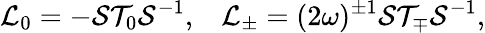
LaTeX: {\cal L}_{0}=-{\cal S}{\cal T}_{0}{\cal S}^{-1},\; \; \; {\cal L}_{\pm}=(2\omega)^{\pm 1}{\cal S}{\cal T}_{\mp}{\cal S}^{-1},